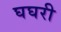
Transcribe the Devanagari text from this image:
घघरी